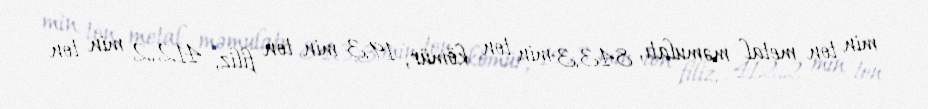
min ton metal məmulatı, 843,3 min ton kömür, 19,3 min ton filiz, 412,2 min ton